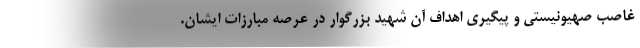
غاصب صهیونیستی و پیگیری اهداف آن شهید بزرگوار در عرصه مبارزات ایشان.